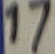
Text: 17